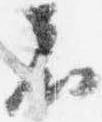
者